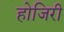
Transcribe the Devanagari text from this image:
होजिरी